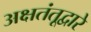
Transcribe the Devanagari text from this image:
अक्षतंतूद्वारे